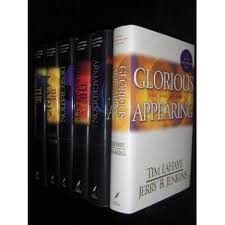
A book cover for Left Behind Behind Series Set (Books 7-12); Tim LaHaye and Jerry B. Jenkins; Religion & Spirituality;